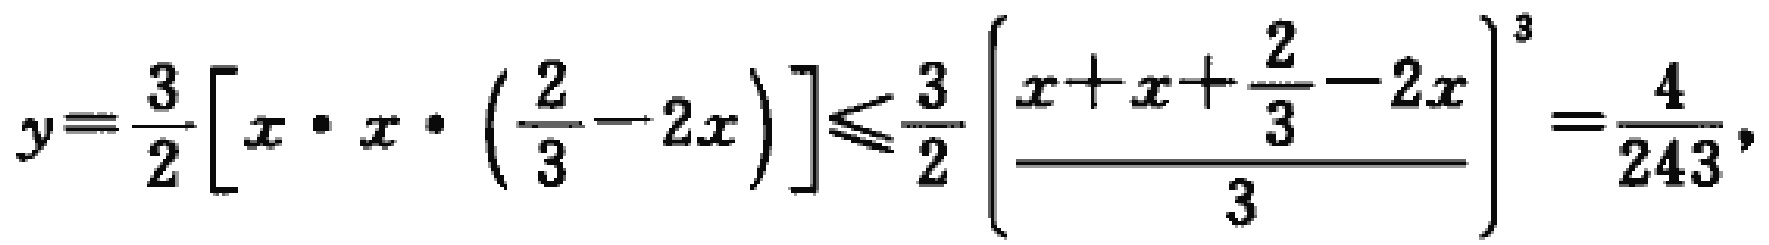
\[
y = \frac{3}{2}\left[x\cdot x\cdot\left(\frac{2}{3}-2x\right)\right]\leqslant\frac{3}{2}\left[\frac{x + x+\frac{2}{3}-2x}{3}\right]^{3}=\frac{4}{243},
\]